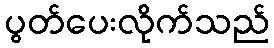
ပွတ်ပေးလိုက်သည်